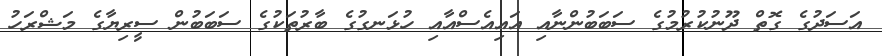
އަސަދުގެ ގޮތް ދޫނުކުރުމުގެ ސަބަބުންނާއި އައިއެސްއާއި ހުޅަނގުގެ ބާރުތަކުގެ ސަބަބުން ސީރިޔާގެ މަޝްރަހު